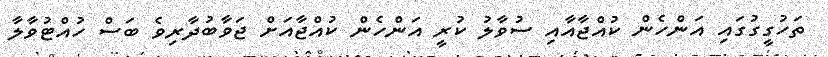
ތަހުގީގުގައި އަންހެން ކުއްޖާއާއި ސުވާލު ކުރީ އަންހެން ކުއްޖާއަށް ޖަވާބުދާރިވެ ބަސް ހުއްޓުވާލާ